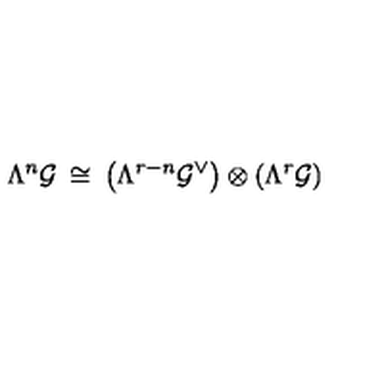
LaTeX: \Lambda ^ { n } { \cal G } \: \cong \: \left( \Lambda ^ { r - n } { \cal G } ^ { \vee } \right) \otimes \left( \Lambda ^ { r } { \cal G } \right)